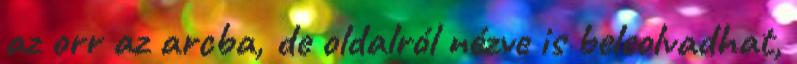
az orr az arcba, de oldalról nézve is beleolvadhat,